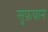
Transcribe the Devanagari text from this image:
सुफ़यान